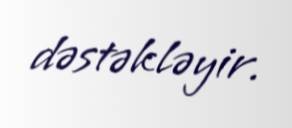
dəstəkləyir.